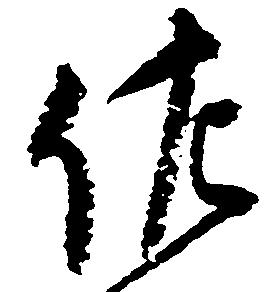
佐